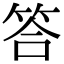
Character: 答